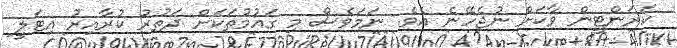
ކަރަންޓީން ވާކަށް ނުޖެހޭނެ އެވެ. ނަމަވެސް މި ގައުމުތަކަށް ދަތުރު ކުރާއިރު އިޓަލީ